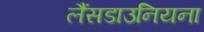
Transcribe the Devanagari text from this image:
लैंसडाउनियना